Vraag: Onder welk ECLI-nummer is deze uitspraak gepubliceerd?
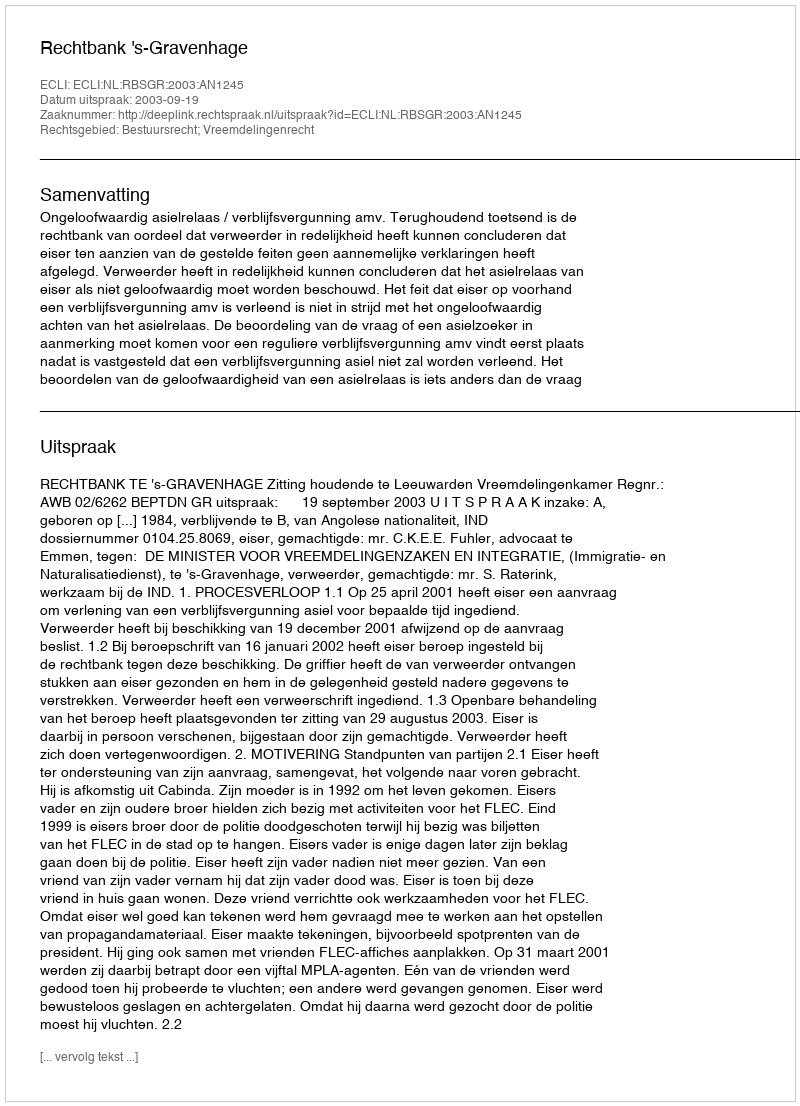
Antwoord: ECLI:NL:RBSGR:2003:AN1245